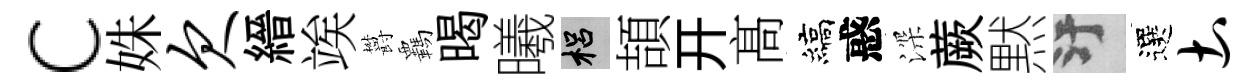
c姝欠縉竢欝覊暍曦梠頡开髙縞惑深蕨黙污選土